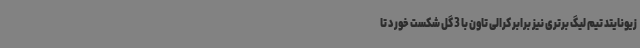
زیونایتد تیم لیگ برتری نیز برابر کرالی تاون با 3 گل شکست خورد تا